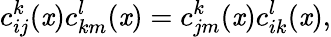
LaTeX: c_{ij}^{k}(\mathit{x})c_{km}^{l}(\mathit{x})=c_{jm}^{k}(\mathit{x})c_{ik}^{l}(\mathit{x}),